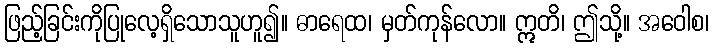
ဖြည့်ခြင်းကိုပြုလေ့ရှိသောသူဟူ၍။ ဓာရေထ၊ မှတ်ကုန်လော။ ဣတိ၊ ဤသို့။ အဝေါစ၊